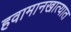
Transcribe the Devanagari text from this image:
हवामानखात्यात